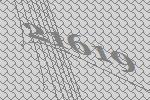
21619